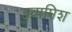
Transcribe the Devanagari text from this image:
डुवामिश